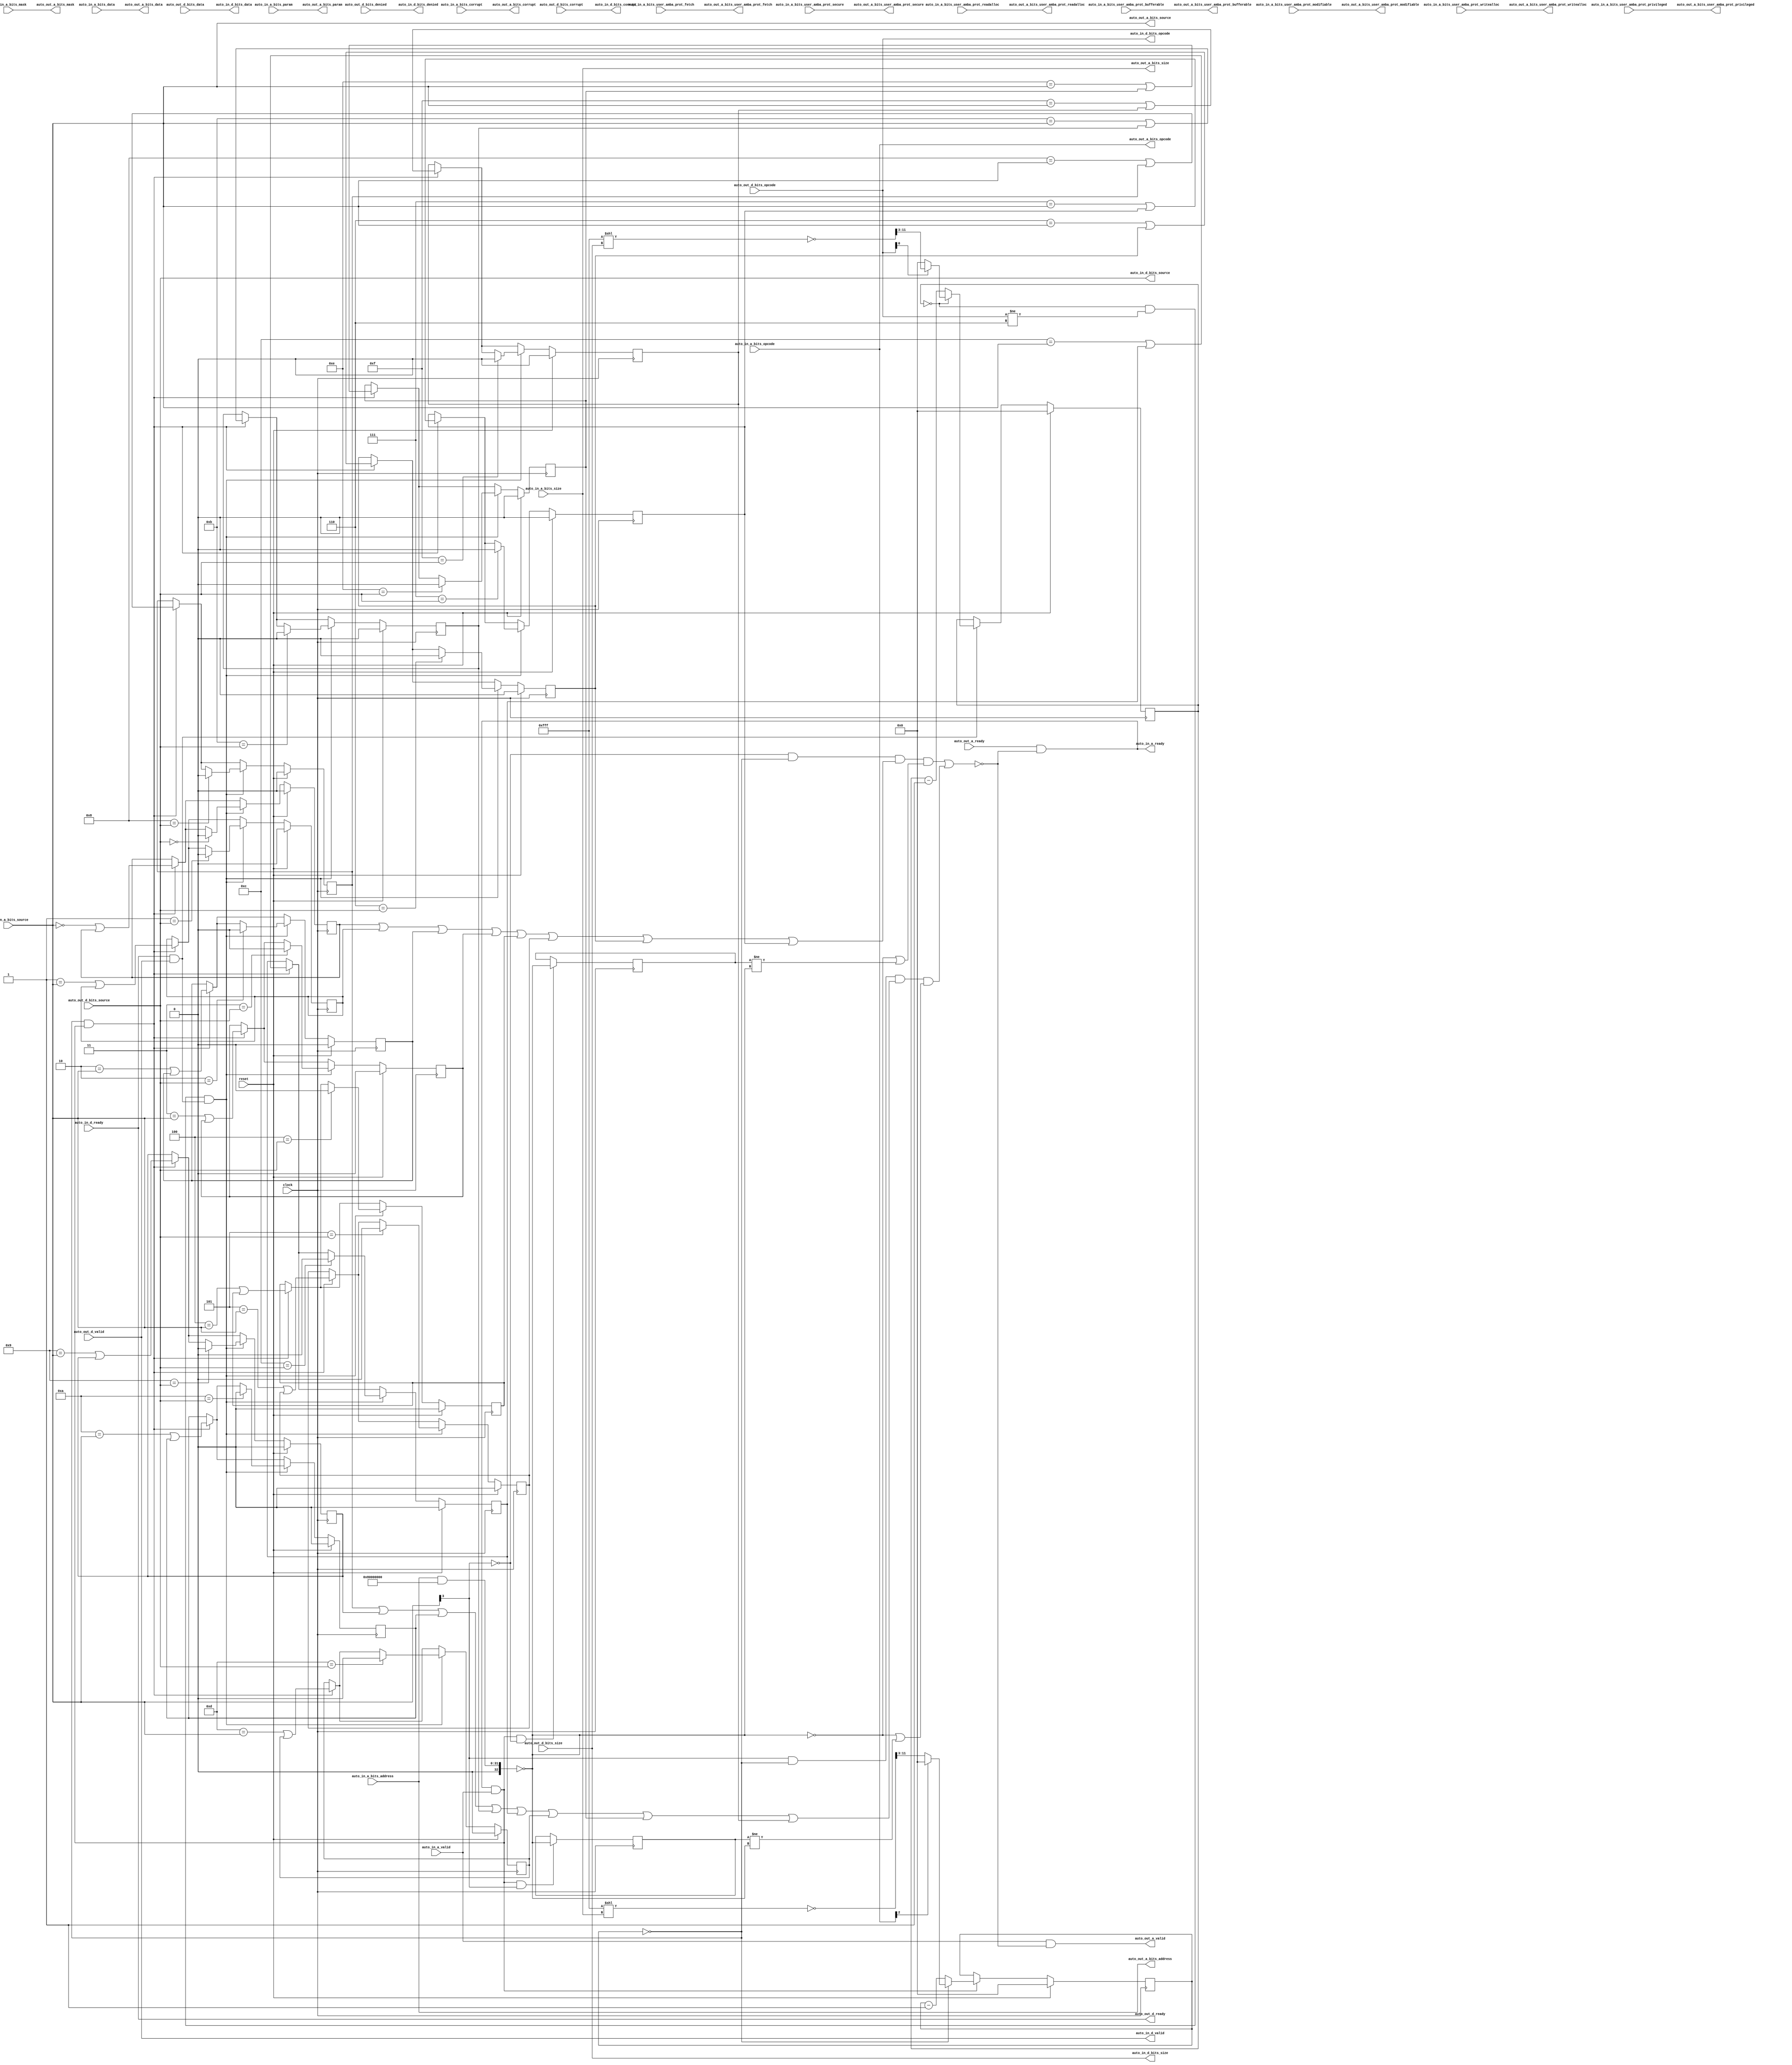
module TLFIFOFixer_2(
  input         clock,
  input         reset,
  output        auto_in_a_ready,
  input         auto_in_a_valid,
  input  [2:0]  auto_in_a_bits_opcode,
  input  [2:0]  auto_in_a_bits_param,
  input  [3:0]  auto_in_a_bits_size,
  input  [3:0]  auto_in_a_bits_source,
  input  [31:0] auto_in_a_bits_address,
  input         auto_in_a_bits_user_amba_prot_bufferable,
  input         auto_in_a_bits_user_amba_prot_modifiable,
  input         auto_in_a_bits_user_amba_prot_readalloc,
  input         auto_in_a_bits_user_amba_prot_writealloc,
  input         auto_in_a_bits_user_amba_prot_privileged,
  input         auto_in_a_bits_user_amba_prot_secure,
  input         auto_in_a_bits_user_amba_prot_fetch,
  input  [7:0]  auto_in_a_bits_mask,
  input  [63:0] auto_in_a_bits_data,
  input         auto_in_a_bits_corrupt,
  input         auto_in_d_ready,
  output        auto_in_d_valid,
  output [2:0]  auto_in_d_bits_opcode,
  output [3:0]  auto_in_d_bits_size,
  output [3:0]  auto_in_d_bits_source,
  output        auto_in_d_bits_denied,
  output [63:0] auto_in_d_bits_data,
  output        auto_in_d_bits_corrupt,
  input         auto_out_a_ready,
  output        auto_out_a_valid,
  output [2:0]  auto_out_a_bits_opcode,
  output [2:0]  auto_out_a_bits_param,
  output [3:0]  auto_out_a_bits_size,
  output [3:0]  auto_out_a_bits_source,
  output [31:0] auto_out_a_bits_address,
  output        auto_out_a_bits_user_amba_prot_bufferable,
  output        auto_out_a_bits_user_amba_prot_modifiable,
  output        auto_out_a_bits_user_amba_prot_readalloc,
  output        auto_out_a_bits_user_amba_prot_writealloc,
  output        auto_out_a_bits_user_amba_prot_privileged,
  output        auto_out_a_bits_user_amba_prot_secure,
  output        auto_out_a_bits_user_amba_prot_fetch,
  output [7:0]  auto_out_a_bits_mask,
  output [63:0] auto_out_a_bits_data,
  output        auto_out_a_bits_corrupt,
  output        auto_out_d_ready,
  input         auto_out_d_valid,
  input  [2:0]  auto_out_d_bits_opcode,
  input  [3:0]  auto_out_d_bits_size,
  input  [3:0]  auto_out_d_bits_source,
  input         auto_out_d_bits_denied,
  input  [63:0] auto_out_d_bits_data,
  input         auto_out_d_bits_corrupt
);
`ifdef RANDOMIZE_REG_INIT
  reg [31:0] _RAND_0;
  reg [31:0] _RAND_1;
  reg [31:0] _RAND_2;
  reg [31:0] _RAND_3;
  reg [31:0] _RAND_4;
  reg [31:0] _RAND_5;
  reg [31:0] _RAND_6;
  reg [31:0] _RAND_7;
  reg [31:0] _RAND_8;
  reg [31:0] _RAND_9;
  reg [31:0] _RAND_10;
  reg [31:0] _RAND_11;
  reg [31:0] _RAND_12;
  reg [31:0] _RAND_13;
  reg [31:0] _RAND_14;
  reg [31:0] _RAND_15;
  reg [31:0] _RAND_16;
  reg [31:0] _RAND_17;
  reg [31:0] _RAND_18;
  reg [31:0] _RAND_19;
`endif // RANDOMIZE_REG_INIT
  wire [32:0] _a_notFIFO_T_1 = {1'b0,$signed(auto_in_a_bits_address)}; // @[Parameters.scala 138:49]
  wire [32:0] _a_id_T_3 = $signed(_a_notFIFO_T_1) & 33'sh80000000; // @[Parameters.scala 138:52]
  wire  a_id = $signed(_a_id_T_3) == 33'sh0; // @[Parameters.scala 138:67]
  wire  a_noDomain = ~a_id; // @[FIFOFixer.scala 57:29]
  wire  stalls_a_sel = ~(auto_in_a_bits_source[3]); // @[Parameters.scala 55:32]
  reg [8:0] a_first_counter; // @[Edges.scala 230:27]
  wire  a_first = a_first_counter == 9'h0; // @[Edges.scala 232:25]
  reg  flight_0; // @[FIFOFixer.scala 73:27]
  reg  flight_1; // @[FIFOFixer.scala 73:27]
  reg  flight_2; // @[FIFOFixer.scala 73:27]
  reg  flight_3; // @[FIFOFixer.scala 73:27]
  reg  flight_4; // @[FIFOFixer.scala 73:27]
  reg  flight_5; // @[FIFOFixer.scala 73:27]
  reg  flight_6; // @[FIFOFixer.scala 73:27]
  reg  flight_7; // @[FIFOFixer.scala 73:27]
  reg  stalls_id; // @[Reg.scala 15:16]
  wire  stalls_0 = ((stalls_a_sel & a_first) & (((((((flight_0 | flight_1) | flight_2) | flight_3) | flight_4) |
    flight_5) | flight_6) | flight_7)) & (a_noDomain | (stalls_id != a_id)); // @[FIFOFixer.scala 82:50]
  reg  flight_8; // @[FIFOFixer.scala 73:27]
  reg  flight_9; // @[FIFOFixer.scala 73:27]
  reg  flight_10; // @[FIFOFixer.scala 73:27]
  reg  flight_11; // @[FIFOFixer.scala 73:27]
  reg  flight_12; // @[FIFOFixer.scala 73:27]
  reg  flight_13; // @[FIFOFixer.scala 73:27]
  reg  flight_14; // @[FIFOFixer.scala 73:27]
  reg  flight_15; // @[FIFOFixer.scala 73:27]
  reg  stalls_id_1; // @[Reg.scala 15:16]
  wire  stalls_1 = (((auto_in_a_bits_source[3]) & a_first) & (((((((flight_8 | flight_9) | flight_10) | flight_11) |
    flight_12) | flight_13) | flight_14) | flight_15)) & (a_noDomain | (stalls_id_1 != a_id)); // @[FIFOFixer.scala 82:50]
  wire  stall = stalls_0 | stalls_1; // @[FIFOFixer.scala 85:49]
  wire  _auto_data_a_ready_T = ~stall; // @[FIFOFixer.scala 90:50]
  wire  auto_data_a_ready = auto_out_a_ready & (~stall); // @[FIFOFixer.scala 90:33]
  wire  _a_first_T = auto_data_a_ready & auto_in_a_valid; // @[Decoupled.scala 40:37]
  wire [26:0] _a_first_beats1_decode_T_1 = 27'hfff << auto_in_a_bits_size; // @[package.scala 212:77]
  wire [11:0] _a_first_beats1_decode_T_3 = ~(_a_first_beats1_decode_T_1[11:0]); // @[package.scala 212:46]
  wire [8:0] a_first_beats1_decode = _a_first_beats1_decode_T_3[11:3]; // @[Edges.scala 221:59]
  wire  a_first_beats1_opdata = ~(auto_in_a_bits_opcode[2]); // @[Edges.scala 93:28]
  wire [8:0] a_first_counter1 = a_first_counter - 9'h1; // @[Edges.scala 231:28]
  wire  _d_first_T = auto_in_d_ready & auto_out_d_valid; // @[Decoupled.scala 40:37]
  wire [26:0] _d_first_beats1_decode_T_1 = 27'hfff << auto_out_d_bits_size; // @[package.scala 212:77]
  wire [11:0] _d_first_beats1_decode_T_3 = ~(_d_first_beats1_decode_T_1[11:0]); // @[package.scala 212:46]
  wire [8:0] d_first_beats1_decode = _d_first_beats1_decode_T_3[11:3]; // @[Edges.scala 221:59]
  wire  d_first_beats1_opdata = auto_out_d_bits_opcode[0]; // @[Edges.scala 107:36]
  reg [8:0] d_first_counter; // @[Edges.scala 230:27]
  wire [8:0] d_first_counter1 = d_first_counter - 9'h1; // @[Edges.scala 231:28]
  wire  d_first_first = d_first_counter == 9'h0; // @[Edges.scala 232:25]
  wire  d_first = d_first_first & (auto_out_d_bits_opcode != 3'h6); // @[FIFOFixer.scala 69:42]
  wire  _T_1 = a_first & _a_first_T; // @[FIFOFixer.scala 74:21]
  wire  _GEN_2 = (4'h0 == auto_in_a_bits_source) | flight_0; // @[FIFOFixer.scala 74:64 FIFOFixer.scala 74:64 FIFOFixer.scala 73:27]
  wire  _GEN_3 = (4'h1 == auto_in_a_bits_source) | flight_1; // @[FIFOFixer.scala 74:64 FIFOFixer.scala 74:64 FIFOFixer.scala 73:27]
  wire  _GEN_4 = (4'h2 == auto_in_a_bits_source) | flight_2; // @[FIFOFixer.scala 74:64 FIFOFixer.scala 74:64 FIFOFixer.scala 73:27]
  wire  _GEN_5 = (4'h3 == auto_in_a_bits_source) | flight_3; // @[FIFOFixer.scala 74:64 FIFOFixer.scala 74:64 FIFOFixer.scala 73:27]
  wire  _GEN_6 = (4'h4 == auto_in_a_bits_source) | flight_4; // @[FIFOFixer.scala 74:64 FIFOFixer.scala 74:64 FIFOFixer.scala 73:27]
  wire  _GEN_7 = (4'h5 == auto_in_a_bits_source) | flight_5; // @[FIFOFixer.scala 74:64 FIFOFixer.scala 74:64 FIFOFixer.scala 73:27]
  wire  _GEN_8 = (4'h6 == auto_in_a_bits_source) | flight_6; // @[FIFOFixer.scala 74:64 FIFOFixer.scala 74:64 FIFOFixer.scala 73:27]
  wire  _GEN_9 = (4'h7 == auto_in_a_bits_source) | flight_7; // @[FIFOFixer.scala 74:64 FIFOFixer.scala 74:64 FIFOFixer.scala 73:27]
  wire  _GEN_10 = (4'h8 == auto_in_a_bits_source) | flight_8; // @[FIFOFixer.scala 74:64 FIFOFixer.scala 74:64 FIFOFixer.scala 73:27]
  wire  _GEN_11 = (4'h9 == auto_in_a_bits_source) | flight_9; // @[FIFOFixer.scala 74:64 FIFOFixer.scala 74:64 FIFOFixer.scala 73:27]
  wire  _GEN_12 = (4'ha == auto_in_a_bits_source) | flight_10; // @[FIFOFixer.scala 74:64 FIFOFixer.scala 74:64 FIFOFixer.scala 73:27]
  wire  _GEN_13 = (4'hb == auto_in_a_bits_source) | flight_11; // @[FIFOFixer.scala 74:64 FIFOFixer.scala 74:64 FIFOFixer.scala 73:27]
  wire  _GEN_14 = (4'hc == auto_in_a_bits_source) | flight_12; // @[FIFOFixer.scala 74:64 FIFOFixer.scala 74:64 FIFOFixer.scala 73:27]
  wire  _GEN_15 = (4'hd == auto_in_a_bits_source) | flight_13; // @[FIFOFixer.scala 74:64 FIFOFixer.scala 74:64 FIFOFixer.scala 73:27]
  wire  _GEN_16 = (4'he == auto_in_a_bits_source) | flight_14; // @[FIFOFixer.scala 74:64 FIFOFixer.scala 74:64 FIFOFixer.scala 73:27]
  wire  _GEN_17 = (4'hf == auto_in_a_bits_source) | flight_15; // @[FIFOFixer.scala 74:64 FIFOFixer.scala 74:64 FIFOFixer.scala 73:27]
  wire  _GEN_18 = _T_1 ? _GEN_2 : flight_0; // @[FIFOFixer.scala 74:37 FIFOFixer.scala 73:27]
  wire  _GEN_19 = _T_1 ? _GEN_3 : flight_1; // @[FIFOFixer.scala 74:37 FIFOFixer.scala 73:27]
  wire  _GEN_20 = _T_1 ? _GEN_4 : flight_2; // @[FIFOFixer.scala 74:37 FIFOFixer.scala 73:27]
  wire  _GEN_21 = _T_1 ? _GEN_5 : flight_3; // @[FIFOFixer.scala 74:37 FIFOFixer.scala 73:27]
  wire  _GEN_22 = _T_1 ? _GEN_6 : flight_4; // @[FIFOFixer.scala 74:37 FIFOFixer.scala 73:27]
  wire  _GEN_23 = _T_1 ? _GEN_7 : flight_5; // @[FIFOFixer.scala 74:37 FIFOFixer.scala 73:27]
  wire  _GEN_24 = _T_1 ? _GEN_8 : flight_6; // @[FIFOFixer.scala 74:37 FIFOFixer.scala 73:27]
  wire  _GEN_25 = _T_1 ? _GEN_9 : flight_7; // @[FIFOFixer.scala 74:37 FIFOFixer.scala 73:27]
  wire  _GEN_26 = _T_1 ? _GEN_10 : flight_8; // @[FIFOFixer.scala 74:37 FIFOFixer.scala 73:27]
  wire  _GEN_27 = _T_1 ? _GEN_11 : flight_9; // @[FIFOFixer.scala 74:37 FIFOFixer.scala 73:27]
  wire  _GEN_28 = _T_1 ? _GEN_12 : flight_10; // @[FIFOFixer.scala 74:37 FIFOFixer.scala 73:27]
  wire  _GEN_29 = _T_1 ? _GEN_13 : flight_11; // @[FIFOFixer.scala 74:37 FIFOFixer.scala 73:27]
  wire  _GEN_30 = _T_1 ? _GEN_14 : flight_12; // @[FIFOFixer.scala 74:37 FIFOFixer.scala 73:27]
  wire  _GEN_31 = _T_1 ? _GEN_15 : flight_13; // @[FIFOFixer.scala 74:37 FIFOFixer.scala 73:27]
  wire  _GEN_32 = _T_1 ? _GEN_16 : flight_14; // @[FIFOFixer.scala 74:37 FIFOFixer.scala 73:27]
  wire  _GEN_33 = _T_1 ? _GEN_17 : flight_15; // @[FIFOFixer.scala 74:37 FIFOFixer.scala 73:27]
  wire  _T_3 = d_first & _d_first_T; // @[FIFOFixer.scala 75:21]
  wire  _stalls_id_T_1 = _a_first_T & stalls_a_sel; // @[FIFOFixer.scala 79:49]
  wire  _stalls_id_T_5 = _a_first_T & (auto_in_a_bits_source[3]); // @[FIFOFixer.scala 79:49]
  assign auto_in_a_ready = auto_out_a_ready & (~stall); // @[FIFOFixer.scala 90:33]
  assign auto_in_d_valid = auto_out_d_valid; // @[Nodes.scala 1213:84 LazyModule.scala 314:12]
  assign auto_in_d_bits_opcode = auto_out_d_bits_opcode; // @[Nodes.scala 1213:84 LazyModule.scala 314:12]
  assign auto_in_d_bits_size = auto_out_d_bits_size; // @[Nodes.scala 1213:84 LazyModule.scala 314:12]
  assign auto_in_d_bits_source = auto_out_d_bits_source; // @[Nodes.scala 1213:84 LazyModule.scala 314:12]
  assign auto_in_d_bits_denied = auto_out_d_bits_denied; // @[Nodes.scala 1213:84 LazyModule.scala 314:12]
  assign auto_in_d_bits_data = auto_out_d_bits_data; // @[Nodes.scala 1213:84 LazyModule.scala 314:12]
  assign auto_in_d_bits_corrupt = auto_out_d_bits_corrupt; // @[Nodes.scala 1213:84 LazyModule.scala 314:12]
  assign auto_out_a_valid = auto_in_a_valid & _auto_data_a_ready_T; // @[FIFOFixer.scala 89:33]
  assign auto_out_a_bits_opcode = auto_in_a_bits_opcode; // @[Nodes.scala 1216:84 LazyModule.scala 312:16]
  assign auto_out_a_bits_param = auto_in_a_bits_param; // @[Nodes.scala 1216:84 LazyModule.scala 312:16]
  assign auto_out_a_bits_size = auto_in_a_bits_size; // @[Nodes.scala 1216:84 LazyModule.scala 312:16]
  assign auto_out_a_bits_source = auto_in_a_bits_source; // @[Nodes.scala 1216:84 LazyModule.scala 312:16]
  assign auto_out_a_bits_address = auto_in_a_bits_address; // @[Nodes.scala 1216:84 LazyModule.scala 312:16]
  assign auto_out_a_bits_user_amba_prot_bufferable = auto_in_a_bits_user_amba_prot_bufferable; // @[Nodes.scala 1216:84 LazyModule.scala 312:16]
  assign auto_out_a_bits_user_amba_prot_modifiable = auto_in_a_bits_user_amba_prot_modifiable; // @[Nodes.scala 1216:84 LazyModule.scala 312:16]
  assign auto_out_a_bits_user_amba_prot_readalloc = auto_in_a_bits_user_amba_prot_readalloc; // @[Nodes.scala 1216:84 LazyModule.scala 312:16]
  assign auto_out_a_bits_user_amba_prot_writealloc = auto_in_a_bits_user_amba_prot_writealloc; // @[Nodes.scala 1216:84 LazyModule.scala 312:16]
  assign auto_out_a_bits_user_amba_prot_privileged = auto_in_a_bits_user_amba_prot_privileged; // @[Nodes.scala 1216:84 LazyModule.scala 312:16]
  assign auto_out_a_bits_user_amba_prot_secure = auto_in_a_bits_user_amba_prot_secure; // @[Nodes.scala 1216:84 LazyModule.scala 312:16]
  assign auto_out_a_bits_user_amba_prot_fetch = auto_in_a_bits_user_amba_prot_fetch; // @[Nodes.scala 1216:84 LazyModule.scala 312:16]
  assign auto_out_a_bits_mask = auto_in_a_bits_mask; // @[Nodes.scala 1216:84 LazyModule.scala 312:16]
  assign auto_out_a_bits_data = auto_in_a_bits_data; // @[Nodes.scala 1216:84 LazyModule.scala 312:16]
  assign auto_out_a_bits_corrupt = auto_in_a_bits_corrupt; // @[Nodes.scala 1216:84 LazyModule.scala 312:16]
  assign auto_out_d_ready = auto_in_d_ready; // @[Nodes.scala 1216:84 LazyModule.scala 312:16]
  always @(posedge clock) begin
    if (reset) begin // @[Edges.scala 230:27]
      a_first_counter <= 9'h0; // @[Edges.scala 230:27]
    end else if (_a_first_T) begin // @[Edges.scala 236:17]
      if (a_first) begin // @[Edges.scala 237:21]
        if (a_first_beats1_opdata) begin // @[Edges.scala 222:14]
          a_first_counter <= a_first_beats1_decode;
        end else begin
          a_first_counter <= 9'h0;
        end
      end else begin
        a_first_counter <= a_first_counter1;
      end
    end
    if (reset) begin // @[FIFOFixer.scala 73:27]
      flight_0 <= 1'h0; // @[FIFOFixer.scala 73:27]
    end else if (_T_3) begin // @[FIFOFixer.scala 75:37]
      if (4'h0 == auto_out_d_bits_source) begin // @[FIFOFixer.scala 75:64]
        flight_0 <= 1'h0; // @[FIFOFixer.scala 75:64]
      end else begin
        flight_0 <= _GEN_18;
      end
    end else begin
      flight_0 <= _GEN_18;
    end
    if (reset) begin // @[FIFOFixer.scala 73:27]
      flight_1 <= 1'h0; // @[FIFOFixer.scala 73:27]
    end else if (_T_3) begin // @[FIFOFixer.scala 75:37]
      if (4'h1 == auto_out_d_bits_source) begin // @[FIFOFixer.scala 75:64]
        flight_1 <= 1'h0; // @[FIFOFixer.scala 75:64]
      end else begin
        flight_1 <= _GEN_19;
      end
    end else begin
      flight_1 <= _GEN_19;
    end
    if (reset) begin // @[FIFOFixer.scala 73:27]
      flight_2 <= 1'h0; // @[FIFOFixer.scala 73:27]
    end else if (_T_3) begin // @[FIFOFixer.scala 75:37]
      if (4'h2 == auto_out_d_bits_source) begin // @[FIFOFixer.scala 75:64]
        flight_2 <= 1'h0; // @[FIFOFixer.scala 75:64]
      end else begin
        flight_2 <= _GEN_20;
      end
    end else begin
      flight_2 <= _GEN_20;
    end
    if (reset) begin // @[FIFOFixer.scala 73:27]
      flight_3 <= 1'h0; // @[FIFOFixer.scala 73:27]
    end else if (_T_3) begin // @[FIFOFixer.scala 75:37]
      if (4'h3 == auto_out_d_bits_source) begin // @[FIFOFixer.scala 75:64]
        flight_3 <= 1'h0; // @[FIFOFixer.scala 75:64]
      end else begin
        flight_3 <= _GEN_21;
      end
    end else begin
      flight_3 <= _GEN_21;
    end
    if (reset) begin // @[FIFOFixer.scala 73:27]
      flight_4 <= 1'h0; // @[FIFOFixer.scala 73:27]
    end else if (_T_3) begin // @[FIFOFixer.scala 75:37]
      if (4'h4 == auto_out_d_bits_source) begin // @[FIFOFixer.scala 75:64]
        flight_4 <= 1'h0; // @[FIFOFixer.scala 75:64]
      end else begin
        flight_4 <= _GEN_22;
      end
    end else begin
      flight_4 <= _GEN_22;
    end
    if (reset) begin // @[FIFOFixer.scala 73:27]
      flight_5 <= 1'h0; // @[FIFOFixer.scala 73:27]
    end else if (_T_3) begin // @[FIFOFixer.scala 75:37]
      if (4'h5 == auto_out_d_bits_source) begin // @[FIFOFixer.scala 75:64]
        flight_5 <= 1'h0; // @[FIFOFixer.scala 75:64]
      end else begin
        flight_5 <= _GEN_23;
      end
    end else begin
      flight_5 <= _GEN_23;
    end
    if (reset) begin // @[FIFOFixer.scala 73:27]
      flight_6 <= 1'h0; // @[FIFOFixer.scala 73:27]
    end else if (_T_3) begin // @[FIFOFixer.scala 75:37]
      if (4'h6 == auto_out_d_bits_source) begin // @[FIFOFixer.scala 75:64]
        flight_6 <= 1'h0; // @[FIFOFixer.scala 75:64]
      end else begin
        flight_6 <= _GEN_24;
      end
    end else begin
      flight_6 <= _GEN_24;
    end
    if (reset) begin // @[FIFOFixer.scala 73:27]
      flight_7 <= 1'h0; // @[FIFOFixer.scala 73:27]
    end else if (_T_3) begin // @[FIFOFixer.scala 75:37]
      if (4'h7 == auto_out_d_bits_source) begin // @[FIFOFixer.scala 75:64]
        flight_7 <= 1'h0; // @[FIFOFixer.scala 75:64]
      end else begin
        flight_7 <= _GEN_25;
      end
    end else begin
      flight_7 <= _GEN_25;
    end
    if (_stalls_id_T_1) begin // @[Reg.scala 16:19]
      stalls_id <= a_id; // @[Reg.scala 16:23]
    end
    if (reset) begin // @[FIFOFixer.scala 73:27]
      flight_8 <= 1'h0; // @[FIFOFixer.scala 73:27]
    end else if (_T_3) begin // @[FIFOFixer.scala 75:37]
      if (4'h8 == auto_out_d_bits_source) begin // @[FIFOFixer.scala 75:64]
        flight_8 <= 1'h0; // @[FIFOFixer.scala 75:64]
      end else begin
        flight_8 <= _GEN_26;
      end
    end else begin
      flight_8 <= _GEN_26;
    end
    if (reset) begin // @[FIFOFixer.scala 73:27]
      flight_9 <= 1'h0; // @[FIFOFixer.scala 73:27]
    end else if (_T_3) begin // @[FIFOFixer.scala 75:37]
      if (4'h9 == auto_out_d_bits_source) begin // @[FIFOFixer.scala 75:64]
        flight_9 <= 1'h0; // @[FIFOFixer.scala 75:64]
      end else begin
        flight_9 <= _GEN_27;
      end
    end else begin
      flight_9 <= _GEN_27;
    end
    if (reset) begin // @[FIFOFixer.scala 73:27]
      flight_10 <= 1'h0; // @[FIFOFixer.scala 73:27]
    end else if (_T_3) begin // @[FIFOFixer.scala 75:37]
      if (4'ha == auto_out_d_bits_source) begin // @[FIFOFixer.scala 75:64]
        flight_10 <= 1'h0; // @[FIFOFixer.scala 75:64]
      end else begin
        flight_10 <= _GEN_28;
      end
    end else begin
      flight_10 <= _GEN_28;
    end
    if (reset) begin // @[FIFOFixer.scala 73:27]
      flight_11 <= 1'h0; // @[FIFOFixer.scala 73:27]
    end else if (_T_3) begin // @[FIFOFixer.scala 75:37]
      if (4'hb == auto_out_d_bits_source) begin // @[FIFOFixer.scala 75:64]
        flight_11 <= 1'h0; // @[FIFOFixer.scala 75:64]
      end else begin
        flight_11 <= _GEN_29;
      end
    end else begin
      flight_11 <= _GEN_29;
    end
    if (reset) begin // @[FIFOFixer.scala 73:27]
      flight_12 <= 1'h0; // @[FIFOFixer.scala 73:27]
    end else if (_T_3) begin // @[FIFOFixer.scala 75:37]
      if (4'hc == auto_out_d_bits_source) begin // @[FIFOFixer.scala 75:64]
        flight_12 <= 1'h0; // @[FIFOFixer.scala 75:64]
      end else begin
        flight_12 <= _GEN_30;
      end
    end else begin
      flight_12 <= _GEN_30;
    end
    if (reset) begin // @[FIFOFixer.scala 73:27]
      flight_13 <= 1'h0; // @[FIFOFixer.scala 73:27]
    end else if (_T_3) begin // @[FIFOFixer.scala 75:37]
      if (4'hd == auto_out_d_bits_source) begin // @[FIFOFixer.scala 75:64]
        flight_13 <= 1'h0; // @[FIFOFixer.scala 75:64]
      end else begin
        flight_13 <= _GEN_31;
      end
    end else begin
      flight_13 <= _GEN_31;
    end
    if (reset) begin // @[FIFOFixer.scala 73:27]
      flight_14 <= 1'h0; // @[FIFOFixer.scala 73:27]
    end else if (_T_3) begin // @[FIFOFixer.scala 75:37]
      if (4'he == auto_out_d_bits_source) begin // @[FIFOFixer.scala 75:64]
        flight_14 <= 1'h0; // @[FIFOFixer.scala 75:64]
      end else begin
        flight_14 <= _GEN_32;
      end
    end else begin
      flight_14 <= _GEN_32;
    end
    if (reset) begin // @[FIFOFixer.scala 73:27]
      flight_15 <= 1'h0; // @[FIFOFixer.scala 73:27]
    end else if (_T_3) begin // @[FIFOFixer.scala 75:37]
      if (4'hf == auto_out_d_bits_source) begin // @[FIFOFixer.scala 75:64]
        flight_15 <= 1'h0; // @[FIFOFixer.scala 75:64]
      end else begin
        flight_15 <= _GEN_33;
      end
    end else begin
      flight_15 <= _GEN_33;
    end
    if (_stalls_id_T_5) begin // @[Reg.scala 16:19]
      stalls_id_1 <= a_id; // @[Reg.scala 16:23]
    end
    if (reset) begin // @[Edges.scala 230:27]
      d_first_counter <= 9'h0; // @[Edges.scala 230:27]
    end else if (_d_first_T) begin // @[Edges.scala 236:17]
      if (d_first_first) begin // @[Edges.scala 237:21]
        if (d_first_beats1_opdata) begin // @[Edges.scala 222:14]
          d_first_counter <= d_first_beats1_decode;
        end else begin
          d_first_counter <= 9'h0;
        end
      end else begin
        d_first_counter <= d_first_counter1;
      end
    end
  end
// Register and memory initialization
`ifdef RANDOMIZE_GARBAGE_ASSIGN
`define RANDOMIZE
`endif
`ifdef RANDOMIZE_INVALID_ASSIGN
`define RANDOMIZE
`endif
`ifdef RANDOMIZE_REG_INIT
`define RANDOMIZE
`endif
`ifdef RANDOMIZE_MEM_INIT
`define RANDOMIZE
`endif
`ifndef RANDOM
`define RANDOM $random
`endif
`ifdef RANDOMIZE_MEM_INIT
  integer initvar;
`endif
`ifndef SYNTHESIS
`ifdef FIRRTL_BEFORE_INITIAL
`FIRRTL_BEFORE_INITIAL
`endif
initial begin
  `ifdef RANDOMIZE
    `ifdef INIT_RANDOM
      `INIT_RANDOM
    `endif
    `ifndef VERILATOR
      `ifdef RANDOMIZE_DELAY
        #`RANDOMIZE_DELAY begin end
      `else
        #0.002 begin end
      `endif
    `endif
`ifdef RANDOMIZE_REG_INIT
  _RAND_0 = {1{`RANDOM}};
  a_first_counter = _RAND_0[8:0];
  _RAND_1 = {1{`RANDOM}};
  flight_0 = _RAND_1[0:0];
  _RAND_2 = {1{`RANDOM}};
  flight_1 = _RAND_2[0:0];
  _RAND_3 = {1{`RANDOM}};
  flight_2 = _RAND_3[0:0];
  _RAND_4 = {1{`RANDOM}};
  flight_3 = _RAND_4[0:0];
  _RAND_5 = {1{`RANDOM}};
  flight_4 = _RAND_5[0:0];
  _RAND_6 = {1{`RANDOM}};
  flight_5 = _RAND_6[0:0];
  _RAND_7 = {1{`RANDOM}};
  flight_6 = _RAND_7[0:0];
  _RAND_8 = {1{`RANDOM}};
  flight_7 = _RAND_8[0:0];
  _RAND_9 = {1{`RANDOM}};
  stalls_id = _RAND_9[0:0];
  _RAND_10 = {1{`RANDOM}};
  flight_8 = _RAND_10[0:0];
  _RAND_11 = {1{`RANDOM}};
  flight_9 = _RAND_11[0:0];
  _RAND_12 = {1{`RANDOM}};
  flight_10 = _RAND_12[0:0];
  _RAND_13 = {1{`RANDOM}};
  flight_11 = _RAND_13[0:0];
  _RAND_14 = {1{`RANDOM}};
  flight_12 = _RAND_14[0:0];
  _RAND_15 = {1{`RANDOM}};
  flight_13 = _RAND_15[0:0];
  _RAND_16 = {1{`RANDOM}};
  flight_14 = _RAND_16[0:0];
  _RAND_17 = {1{`RANDOM}};
  flight_15 = _RAND_17[0:0];
  _RAND_18 = {1{`RANDOM}};
  stalls_id_1 = _RAND_18[0:0];
  _RAND_19 = {1{`RANDOM}};
  d_first_counter = _RAND_19[8:0];
`endif // RANDOMIZE_REG_INIT
  `endif // RANDOMIZE
end // initial
`ifdef FIRRTL_AFTER_INITIAL
`FIRRTL_AFTER_INITIAL
`endif
`endif // SYNTHESIS
endmodule